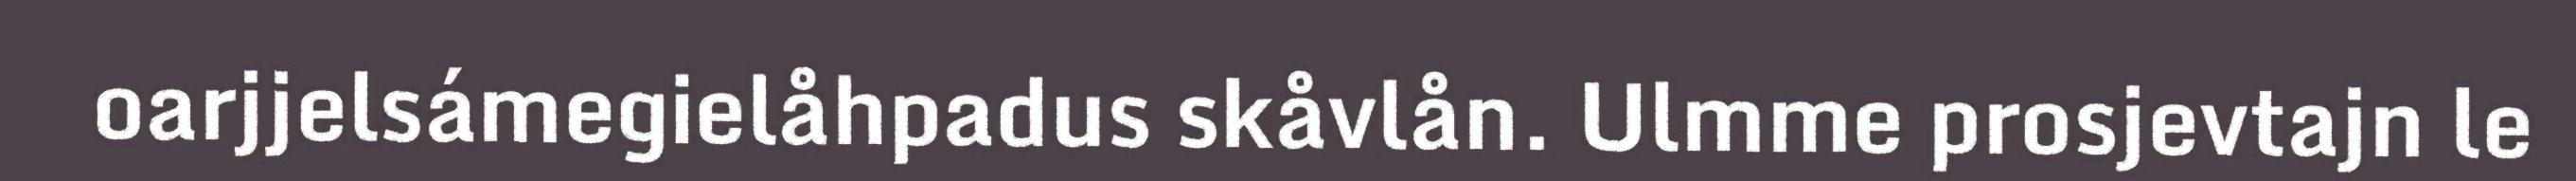
oarjjelsámegielåhpadus skåvlån. Ulmme prosjevtajn le